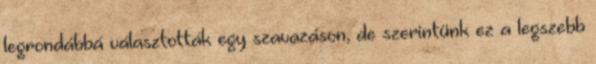
legrondábbá választották egy szavazáson, de szerintünk ez a legszebb